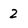
Character: 2